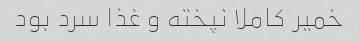
خمیر کاملا نپخته و غذا سرد بود